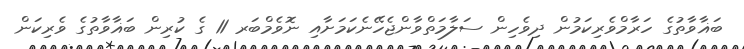
ބަޣާވާތުގެ ހަރާމްވެރިކަމުން ދިވެހިން ސަލާމަތްވާންޖެހޭނެކަމަށާއި ނޮވެމްބަރ 11 ގެ ކުރިން ބަޣާވާތުގެ ވެރިކަން